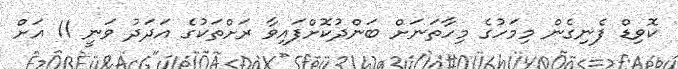
ކޮވިޑް ފެނިގެން މިމަހުގެ މިހާތަނަށް ބަންދުކޮށްފައިވާ ރަށްތަކުގެ އަދަދު ވަނީ 11 އަށް